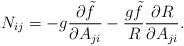
LaTeX: \begin{align*}N_{ij} = - g {\partial \tilde f\over \partial A_{ji}} -{g \tilde f \over R} {\partial R\over \partial A_{ji}}.\end{align*}